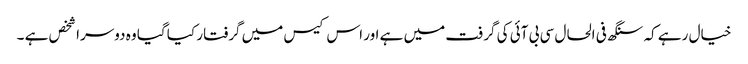
خیال رہے کہ سنگھ فی الحال سی بی آئی کی گرفت میں ہے اور اس کیس میں گرفتار کیا گیا وہ دوسرا شخص ہے ۔